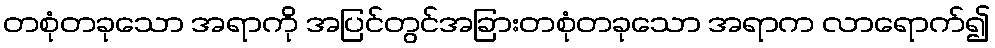
တစုံတခုသော အရာကို အပြင်တွင်အခြားတစုံတခုသော အရာက လာရောက်၍